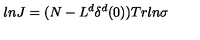
l n J = ( N - L ^ { d } \delta ^ { d } ( 0 ) ) T r l n \sigma